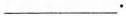
___.